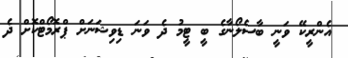
އެންރީކޭ ވަނީ ބާސެލޯނާގެ ބީ ޓީމު ދެ ވަނަ ޑިވިޝަނަށް ޕްރޮމޯޓްކޮށް ދެ